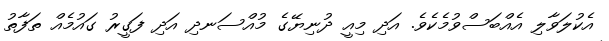
އެކުލަވާލި އެއްބަސްވުމެކެވެ. އަދި މިއީ ދުނިޔޭގެ މުއްސަނދި އަދި ފަގީރު ގައުމެއް ތަފާތު